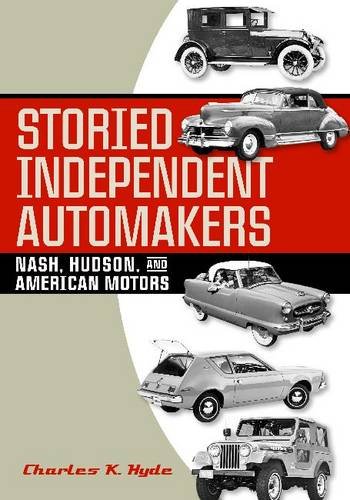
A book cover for Storied Independent Automakers: Nash, Hudson, and American Motors (Great Lakes Books Series); Charles K. Hyde; Business & Money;